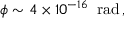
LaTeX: \phi \sim 4 \times 1 0 ^ { - 1 6 } \; \; \mathrm { r a d } \, ,